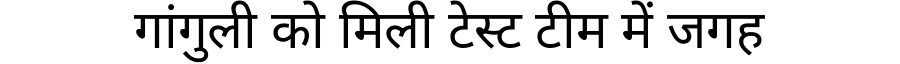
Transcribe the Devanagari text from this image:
गांगुली को मिली टेस्ट टीम में जगह